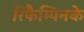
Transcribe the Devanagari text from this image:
रिफैम्पिनके